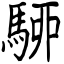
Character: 駵